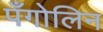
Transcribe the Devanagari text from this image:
पँगोलिन